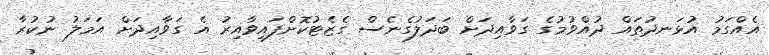
އެއްގަމު އުޅަނދުތައް ދުއްވުމުގެ ގަވާއިދަށް ބަދަލުގެނެސް ގެޒެޓުކޮށްފައިވާއިރު އެ ގަވާއިދަށް އަމަލު ނުކުރާ